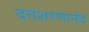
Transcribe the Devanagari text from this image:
दत्तशरणानंद